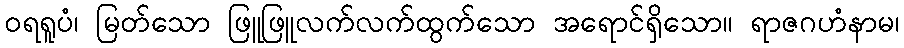
ဝရရူပံ၊ မြတ်သော ဖြူဖြူလက်လက်ထွက်သော အရောင်ရှိသော။ ရာဇဂဟံနာမ၊